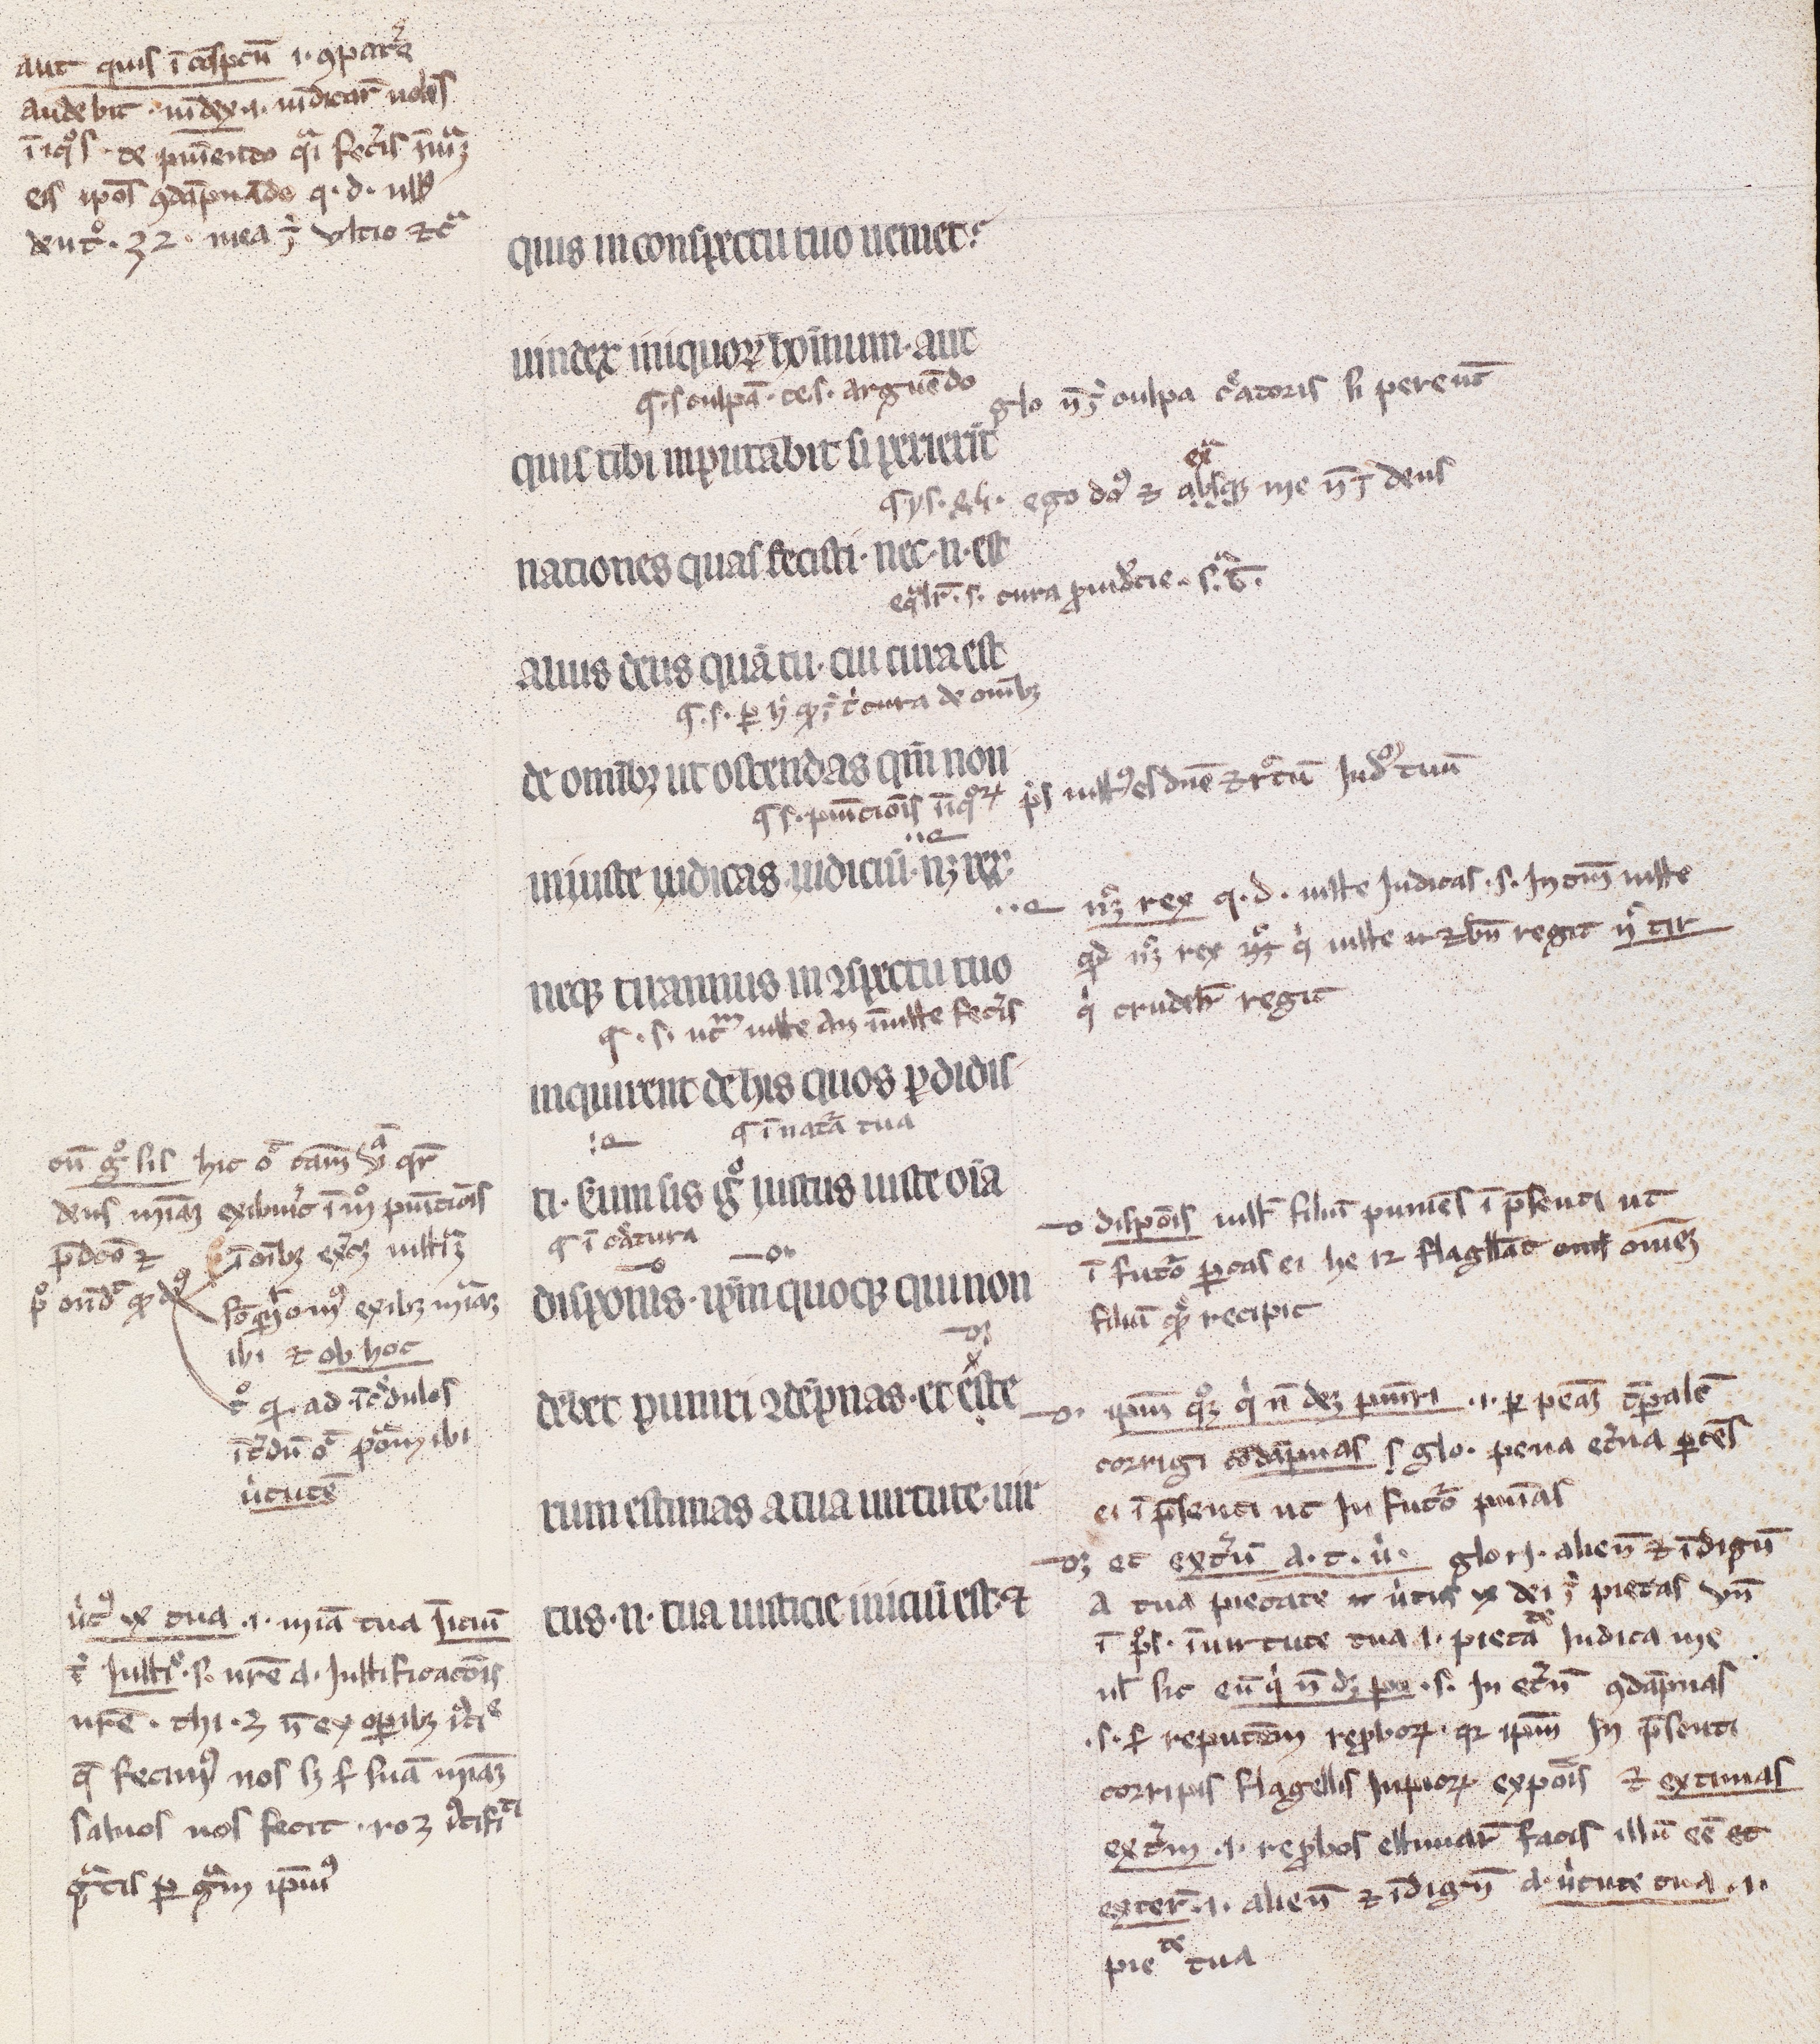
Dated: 1200–1299